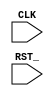
module CTRL_RX #(
    parameter DATA_WIDTH = 8,
    parameter RF_ADDR    = 4
) (
    input wire CLK,
    input wire RST_
);
    
endmodule